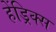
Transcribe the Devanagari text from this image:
हेंड्रिक्‍स